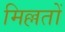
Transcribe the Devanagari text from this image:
मिल्लतों